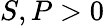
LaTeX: S,P>0